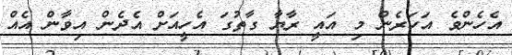
އެހެންވެ އަހަރެން މި އައީ ރާޔާ ގާތުގަ އެހީއަށް އެދެން އިވާން އެއް